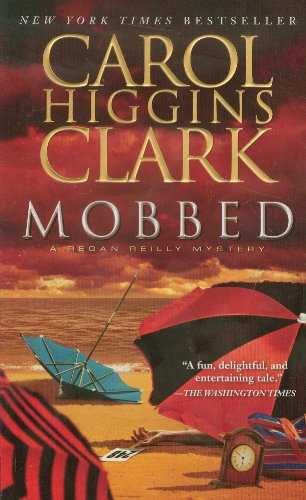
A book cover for Mobbed: A Regan Reilly Mystery; Carol Higgins Clark; Literature & Fiction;